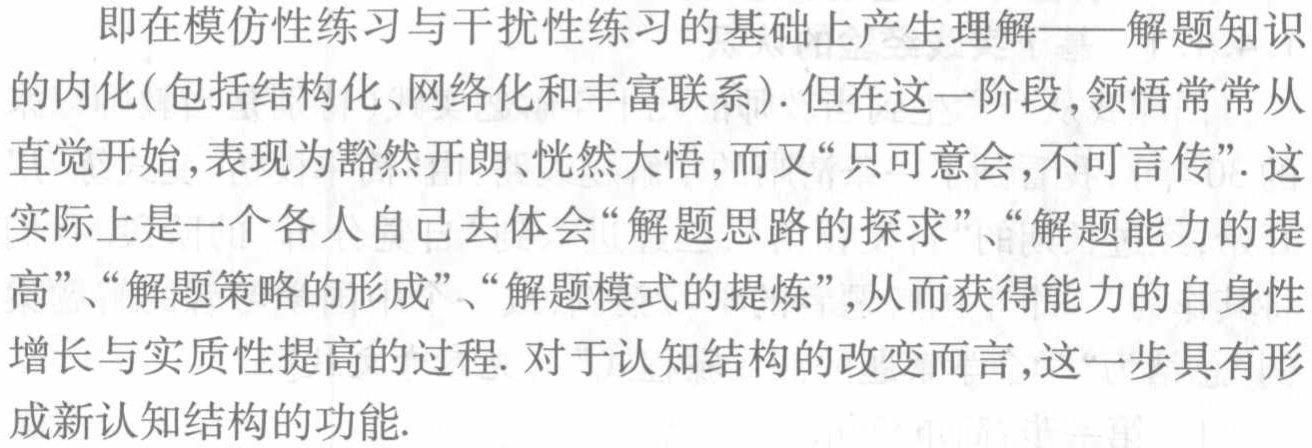
即在模仿性练习与干扰性练习的基础上产生理解——解题知识

的内化(包括结构化、网络化和丰富联系). 但在这一阶段,领悟常常从

直觉开始,表现为豁然开朗、恍然大悟,而又“只可意会,不可言传”. 这

实际上是一个各人自己去体会“解题思路的探求”、“解题能力的提

高”、“解题策略的形成”、“解题模式的提炼”,从而获得能力的自身性

增长与实质性提高的过程. 对于认知结构的改变而言,这一步具有形

成新认知结构的功能.